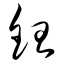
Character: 钽